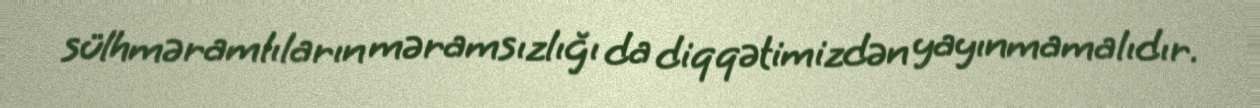
sülhməramlıların məramsızlığı da diqqətimizdən yayınmamalıdır.